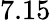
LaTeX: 7.15